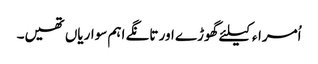
اُمراء کیلئے گھوڑے اور تانگے اہم سواریاں تھیں۔